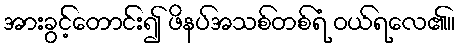
အားခွင့်တောင်း၍ ဖိနပ်အသစ်တစ်ရံ ဝယ်ရလေ၏။